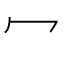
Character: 冖